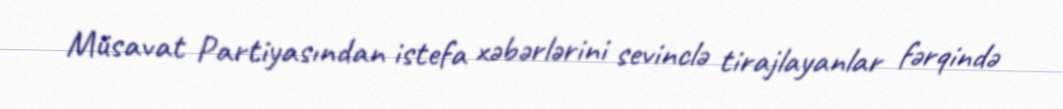
Müsavat Partiyasından istefa xəbərlərini sevinclə tirajlayanlar fərqində